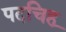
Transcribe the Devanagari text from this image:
पदचिहृ